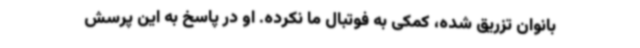
بانوان تزریق شده، کمکی به فوتبال ما نکرده. او در پاسخ به این پرسش